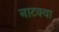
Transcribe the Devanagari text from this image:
नाटक्या